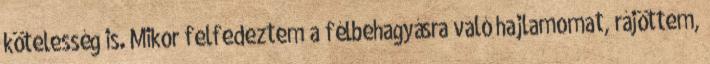
kötelesség is. Mikor felfedeztem a félbehagyásra való hajlamomat, rájöttem,